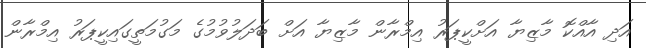
އަދި އާއްކޮ މާޒިޔާ އަށްކީޕަރު އިމްރާން މާޒިޔާ އަށް ބަދަލުވުމުގެ މަގުމަތީގައިކީޕަރު އިމްރާން